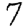
Digit: 7